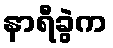
နာရီခွဲက